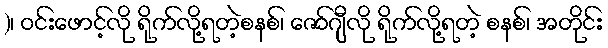
)၊ ဝင်းဖောင့်လို ရိုက်လို့ရတဲ့စနစ်၊ ဇော်ဂျီလို ရိုက်လို့ရတဲ့ စနစ်၊ အတိုင်း